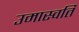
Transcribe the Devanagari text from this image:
उमास्वति